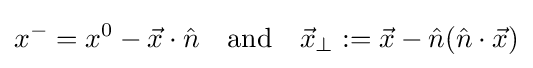
x^{-}=x^{0}-{\vec {x}}\cdot {\hat {n}}\quad {\mbox{and}}\quad {\vec {x}}_{\perp }:={\vec {x}}-{\hat {n}}({\hat {n}}\cdot {\vec {x}})